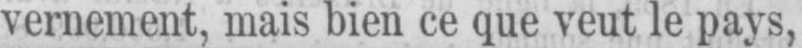
vernement, mais bien ce que veut le pays,